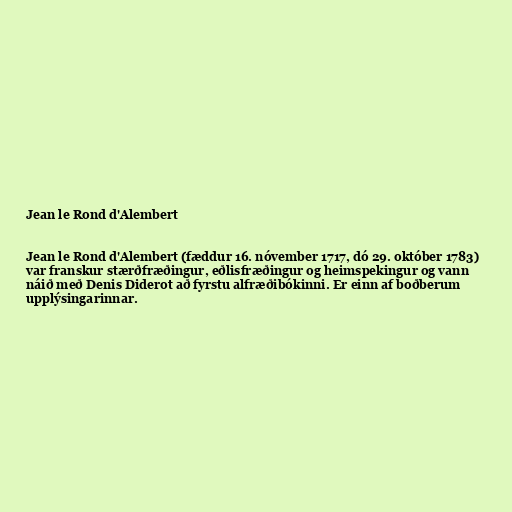
Jean le Rond d'Alembert

Jean le Rond d'Alembert (fæddur 16. nóvember 1717, dó 29. október 1783)
var franskur stærðfræðingur, eðlisfræðingur og heimspekingur og vann
náið með Denis Diderot að fyrstu alfræðibókinni. Er einn af boðberum
upplýsingarinnar.